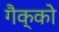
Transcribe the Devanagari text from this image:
गैक्को